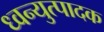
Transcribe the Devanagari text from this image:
ध्वन्युत्पादक